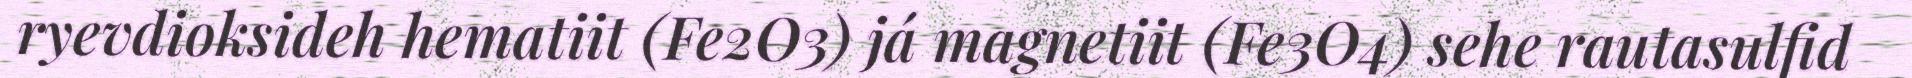
ryevdioksideh hematiit (Fe2O3) já magnetiit (Fe3O4) sehe rautasulfid